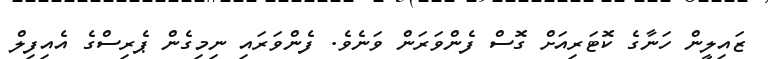
ޒައިލީން ހަނާގެ ކޮޓަރިއަށް ގޮސް ފެންވަރަން ވަނެވެ. ފެންވަރައި ނިމިގެން ޕެރިސްގެ އެއިފިލް